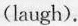
(laugh).